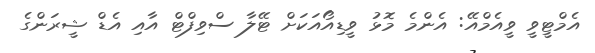
އެމްޓީވީ ވީއެމްއޭ: އެންމެ މޮޅު ވީޑިއޯއަކަށް ޓޭލާ ސްވިފްޓް އާއި އެޑް ޝީރަންގެ